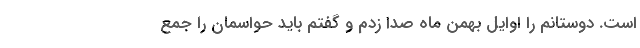
است. دوستانم را اوایل بهمن ماه صدا زدم و گفتم باید حواسمان را جمع